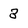
Character: 3